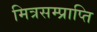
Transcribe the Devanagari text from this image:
मित्रसम्प्राप्ति